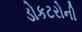
ડોકટરોની